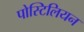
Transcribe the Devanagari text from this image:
पोस्टिलियन